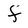
Character: f